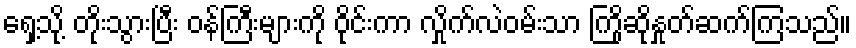
ရှေ့သို့ တိုးသွားပြီး ဝန်ကြီးများကို ဝိုင်းကာ လှိုက်လဲဝမ်းသာ ကြိုဆိုနှုတ်ဆက်ကြသည်။